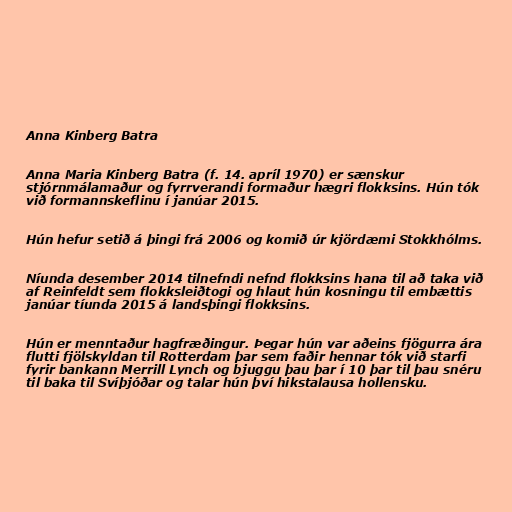
Anna Kinberg Batra

Anna Maria Kinberg Batra (f. 14. apríl 1970) er sænskur
stjórnmálamaður og fyrrverandi formaður hægri flokksins. Hún tók
við formannskeflinu í janúar 2015.

Hún hefur setið á þingi frá 2006 og komið úr kjördæmi Stokkhólms.

Níunda desember 2014 tilnefndi nefnd flokksins hana til að taka við
af Reinfeldt sem flokksleiðtogi og hlaut hún kosningu til embættis
janúar tíunda 2015 á landsþingi flokksins.

Hún er menntaður hagfræðingur. Þegar hún var aðeins fjögurra ára
flutti fjölskyldan til Rotterdam þar sem faðir hennar tók við starfi
fyrir bankann Merrill Lynch og bjuggu þau þar í 10 þar til þau snéru
til baka til Svíþjóðar og talar hún því hikstalausa hollensku.